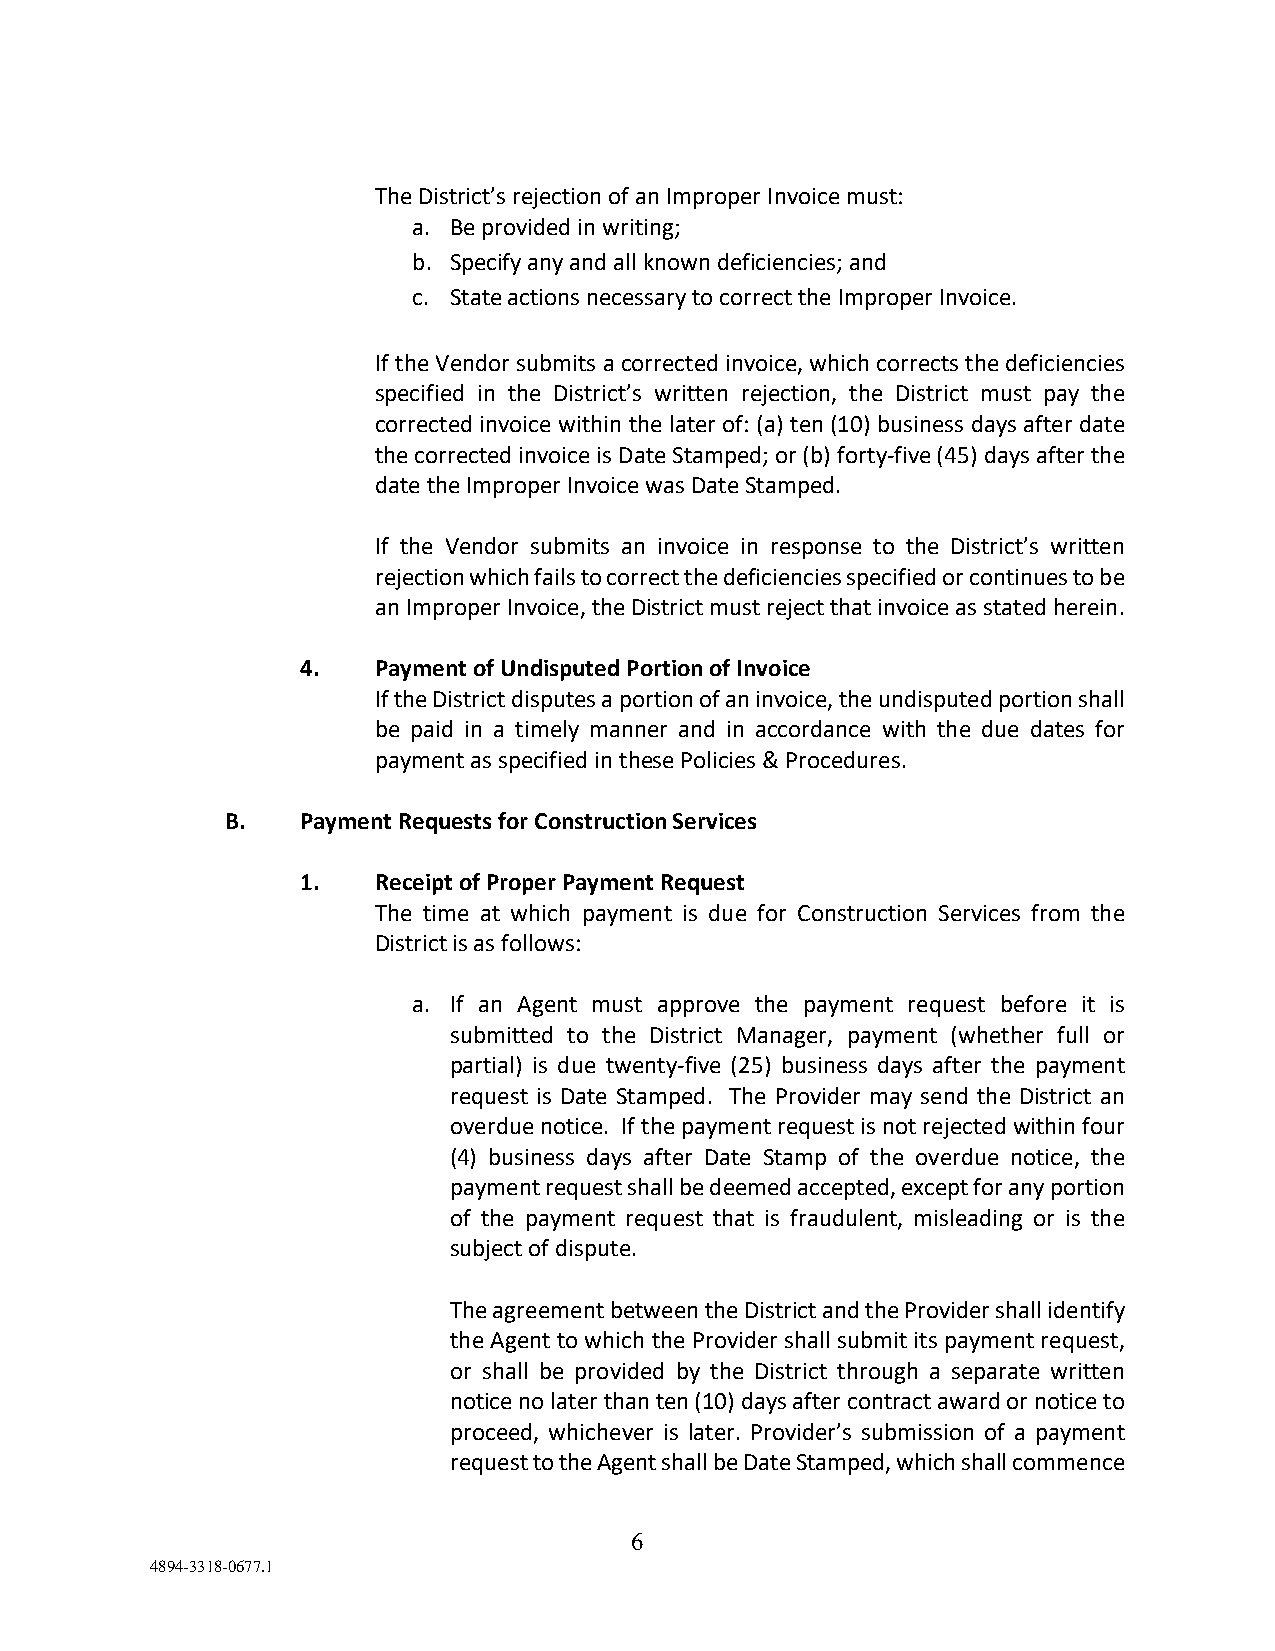
The District’s rejection of an Improper Invoice must:
 a. Be provided in writing;
 b. Specify any and all known deficiencies; and
 c. State actions necessary to correct the Improper Invoice.
 If the Vendor submits a corrected invoice, which corrects the deficiencies
 specified in the District’s written rejection, the District must pay the
 corrected invoice within the later of: (a) ten (10) business days after date
 the corrected invoice is Date Stamped; or (b) forty-five (45) days after the
 date the Improper Invoice was Date Stamped.
 If the Vendor submits an invoice in response to the District’s written
 rejection which fails to correct the deficiencies specified or continues to be
 an Improper Invoice, the District must reject that invoice as stated herein.
 4.   Payment of Undisputed Portion of Invoice
 If the District disputes a portion of an invoice, the undisputed portion shall
 be paid in a timely manner and in accordance with the due dates for
 payment as specified in these Policies & Procedures.
 B.   Payment Requests for Construction Services
 1.   Receipt of Proper Payment Request
 The time at which payment is due for Construction Services from the
 District is as follows:
 a. If an Agent must approve the payment request before it is
 submitted to the District Manager, payment (whether full or
 partial) is due twenty-five (25) business days after the payment
 request is Date Stamped. The Provider may send the District an
 overdue notice. If the payment request is not rejected within four
 (4) business days after Date Stamp of the overdue notice, the
 payment request shall be deemed accepted, except for any portion
 of the payment request that is fraudulent, misleading or is the
 subject of dispute.
 The agreement between the District and the Provider shall identify
 the Agent to which the Provider shall submit its payment request,
 or shall be provided by the District through a separate written
 notice no later than ten (10) days after contract award or notice to
 proceed, whichever is later. Provider’s submission of a payment
 request to the Agent shall be Date Stamped, which shall commence
 6
 4894-3318-0677.1